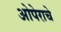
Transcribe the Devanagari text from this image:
ओपेराचे